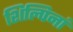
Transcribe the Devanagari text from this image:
शिल्पिनां